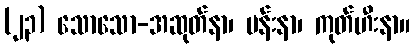
(၂၃) သောသော-အဆုတ်နာ၊ ပန်းနာ၊ ကုတ်ဟီးနာ။